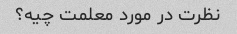
نظرت در مورد معلمت چیه؟